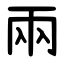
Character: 兩